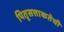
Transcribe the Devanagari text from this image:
पितृसत्ताकतेची